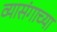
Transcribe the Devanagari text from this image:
व्यासंगाच्या